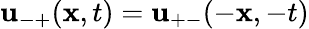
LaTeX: {\mathbf{u}}_{-+}({\mathbf{x}},t)={\mathbf{u}}_{+-}(-{\mathbf{x}},-t)